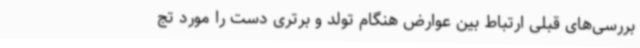
بررسی‌های قبلی ارتباط بین عوارض هنگام تولد و برتری دست را مورد تج